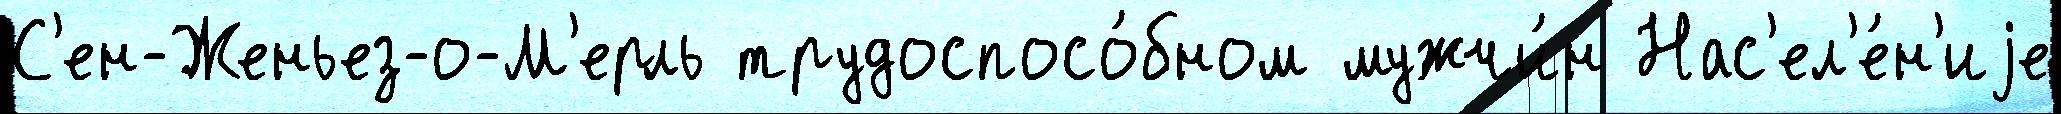
С'ен-Женьез-о-М'ерль трудоспосо́бном мужчи́н Нас'ел'е́н'иjе